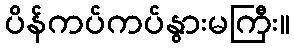
ပိန်ကပ်ကပ်နွားမကြီး။